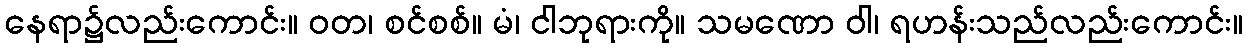
နေရာ၌လည်းကောင်း။ ဝတ၊ စင်စစ်။ မံ၊ ငါဘုရားကို။ သမဏော ဝါ၊ ရဟန်းသည်လည်းကောင်း။